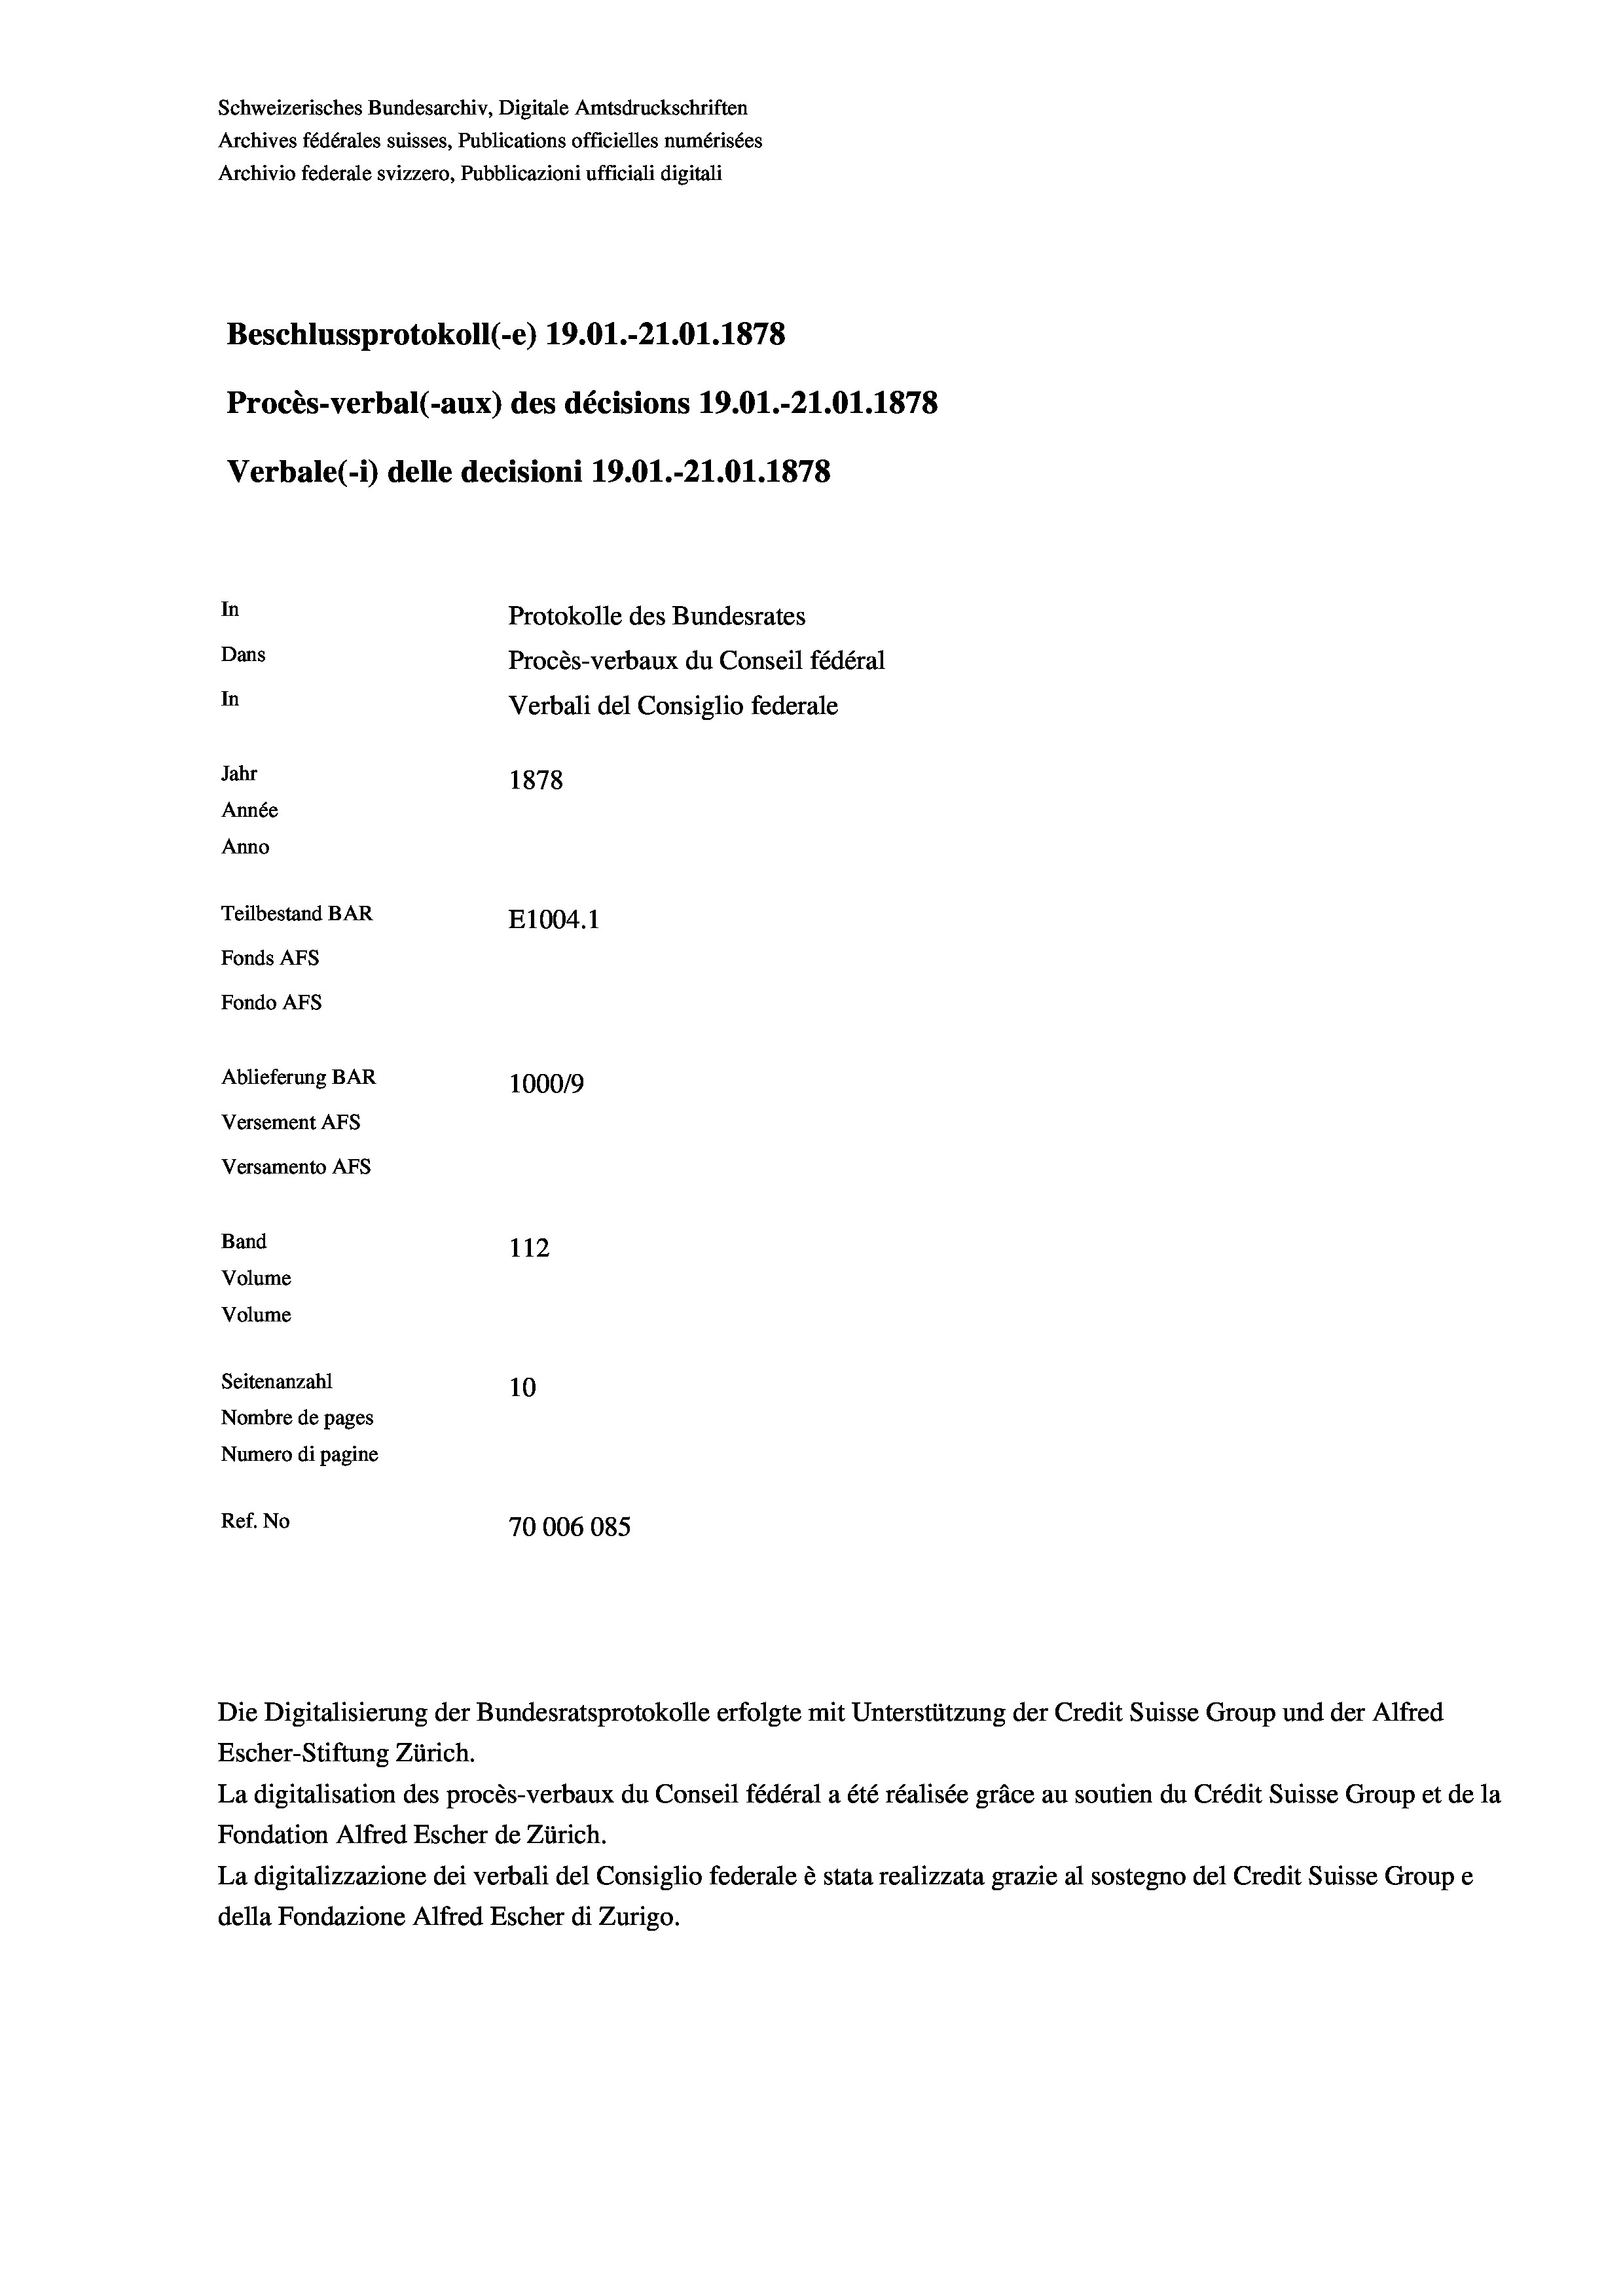
Schweizerisches Bundesarchiv, Digitale Amtsdruckschriften
Archives fédérales suisses, Publications officielles numérisées
Archivio federale svizzero, Pubblicazioni ufficiali digitali
Beschlussprotokoll (-e) 19.01.-21.01. 1878
Procès-verbal (-aux) des décisions 19.01.-21.01.1878
Verbale(*) delle decisioni 19.01.-21.01. 1878
In
Protokolle des Bundesrates
Dans
Procès-verbaux du Conseil fédéral
In
Verbali del Consiglio federale
Jahr
1878
Année
Anno
Teilbestand BAR
E1004. 1
Fonds AFs
Fondo AFs
Ablieferung BAR
100019
Versement AFs
Versamento Afs
Band
112
Volume
Volume
Seitenanzahl
10
Nombre de pages
Numero di pagine
Ref. No
70006085

Escher-Stiftung Zürich.
La digitalisation des procès-verbaux du Conseil fédéral a été réalisée gräce au soutien du Crédit Suisse Group et de la
Fondation Alfred Escher de Zürich.
La digitalizzazione dei verbali del Consiglio federale è stata realizzata grazie al sostegno del Credit Suisse Groupe
della Fondazione Alfred Escher di Zurigo.

Die Digitalisierung der Bundesratsprotokolle erfolgte mit Unterstützung der Credit Suisse Group und der Alfred